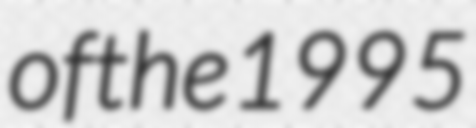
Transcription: of the 1995